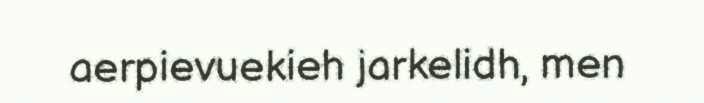
aerpievuekieh jarkelidh, men